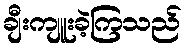
ချီးကျူးခဲ့ကြသည်